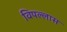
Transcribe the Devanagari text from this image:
विपल्लास